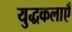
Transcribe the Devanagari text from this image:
युद्धकलाएँ